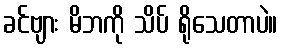
ခင်ဗျား မိဘကို သိပ် ရိုသေတာပဲ။